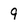
Character: 9